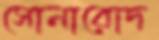
সোনারোদ